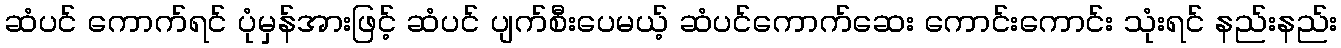
ဆံပင် ကောက်ရင် ပုံမှန်အားဖြင့် ဆံပင် ပျက်စီးပေမယ့် ဆံပင်ကောက်ဆေး ကောင်းကောင်း သုံးရင် နည်းနည်း